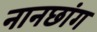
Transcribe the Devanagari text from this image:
नानछांग